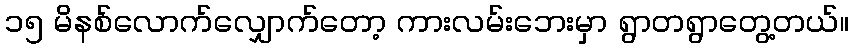
၁၅ မိနစ်လောက်လျှောက်တော့ ကားလမ်းဘေးမှာ ရွာတရွာတွေ့တယ်။